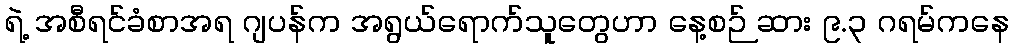
ရဲ့ အစီရင်ခံစာအရ ဂျပန်က အရွယ်ရောက်သူတွေဟာ နေ့စဉ် ဆား ၉.၃ ဂရမ်ကနေ